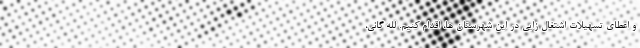
و اعطای تسهیلات اشتغال زایی در این شهرستان ها، اقدام کنیم. لله گانی،